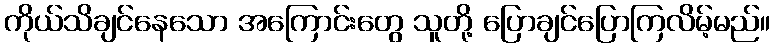
ကိုယ်သိချင်နေသော အကြောင်းတွေ သူတို့ ပြောချင်ပြောကြလိမ့်မည်။